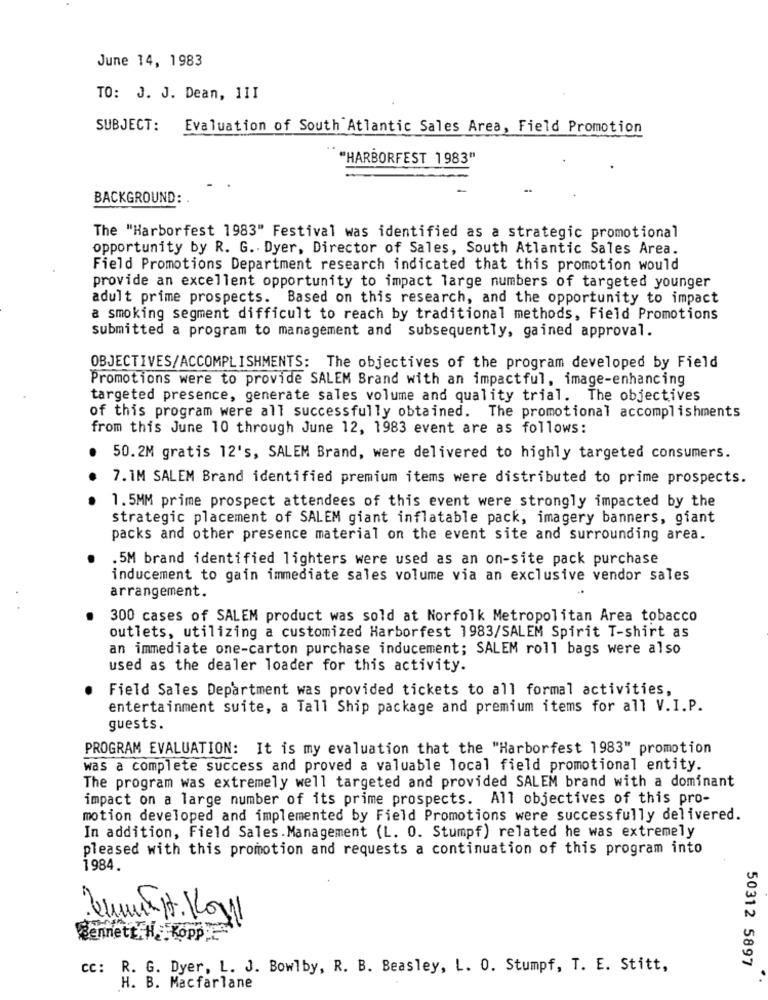
June 14, 1983
TO: J. J. Dean, III
SUBJECT:
Evaluation of South Atlantic Sales Area, Field Promotion
"HARBORFEST 1983"
BACKGROUND:
The "Harborfest 1983" Festival was identified as a strategic promotional
opportunity by R. G. . Dyer, Director of Sales, South Atlantic Sales Area.
Field Promotions Department research indicated that this promotion would
provide an excellent opportunity to impact large numbers of targeted younger
adult prime prospects. Based on this research, and the opportunity to impact
a smoking segment difficult to reach by traditional methods, Field Promotions
submitted a program to management and subsequently, gained approval.
OBJECTIVES/ACCOMPLISHMENTS: The objectives of the program developed by Field
Promotions were to provide SALEM Brand with an impactful, image-enhancing
targeted presence, generate sales volume and quality trial. The objectives
of this program were all successfully obtained. The promotional accomplishments
from this June 10 through June 12, 1983 event are as follows:
50.2M gratis 12's, SALEM Brand, were delivered to highly targeted consumers.
7. IM SALEM Brand identified premium items were distributed to prime prospects.
1. 5MM prime prospect attendees of this event were strongly impacted by the
strategic placement of SALEM giant inflatable pack, imagery banners, giant
packs and other presence material on the event site and surrounding area.
.5M brand identified lighters were used as an on-site pack purchase
inducement to gain immediate sales volume via an exclusive vendor sales
arrangement.
300 cases of SALEM product was sold at Norfolk Metropolitan Area tobacco
outlets, utilizing a customized Harborfest 1983/SALEM Spirit T-shirt as
an immediate one-carton purchase inducement; SALEM roll bags were also
used as the dealer loader for this activity.
Field Sales Department was provided tickets to all formal activities,
entertainment suite, a Tall Ship package and premium items for all V.I.P.
guests.
PROGRAM EVALUATION: It is my evaluation that the "Harborfest 1983" promotion
was a complete success and proved a valuable local field promotional entity.
The program was extremely well targeted and provided SALEM brand with a dominant
impact on a large number of its prime prospects. All objectives of this pro-
motion developed and implemented by Field Promotions were successfully delivered.
In addition, Field Sales. Management (L. 0. Stumpf) related he was extremely
pleased with this promotion and requests a continuation of this program into
1984
Jeune.H. Kow
Bennett.H. . Kopp
50312 5897
cc: R. G. Dyer, L. J. Bowlby, R. B. Beasley, L. 0. Stumpf, T. E. Stitt,
H. B. Macfarlane